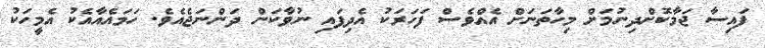
ފައިސާ ޖަމާކޮށްދިނުމަށް މިހާތަނަށް އެއްވެސް ފަހަރަކު އެދިފައި ނުވާކަން ދަންނަޖެއެވެ. ހަމައެއާއެކު އެމީހަކު